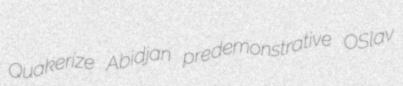
Quakerize Abidjan predemonstrative OSlav